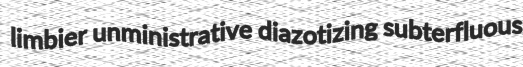
limbier unministrative diazotizing subterfluous